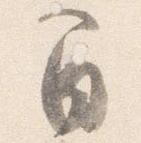
間